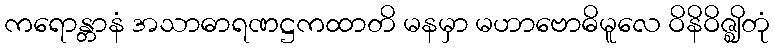
ကရောန္တာနံ အသာဓာရဏဋ္ဌကထာတိ မနမှာ မဟာဗောဓိမူလေ ဝိနိဝိဇ္ဈိတုံ